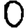
Digit: 0